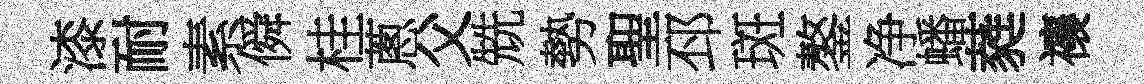
漆耐素僢桂蔥父兟勢聖邳斑鏊净蟠蕤禳